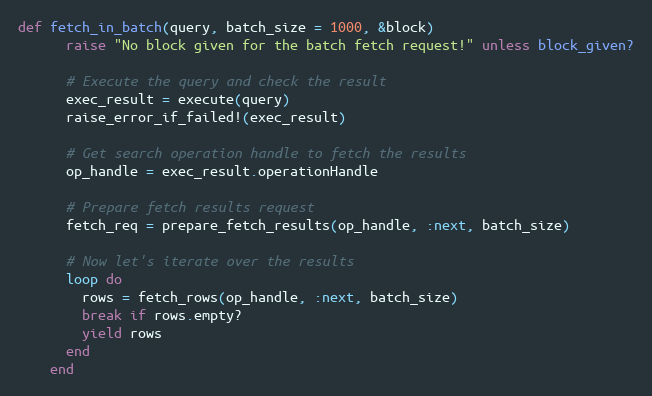
Language: Ruby
def fetch_in_batch(query, batch_size = 1000, &block)
      raise "No block given for the batch fetch request!" unless block_given?

      # Execute the query and check the result
      exec_result = execute(query)
      raise_error_if_failed!(exec_result)

      # Get search operation handle to fetch the results
      op_handle = exec_result.operationHandle

      # Prepare fetch results request
      fetch_req = prepare_fetch_results(op_handle, :next, batch_size)

      # Now let's iterate over the results
      loop do
        rows = fetch_rows(op_handle, :next, batch_size)
        break if rows.empty?
        yield rows
      end
    end